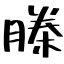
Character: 榺